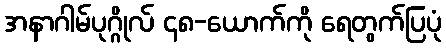
အနာဂါမ်ပုဂ္ဂိုလ် ၄၈-ယောက်ကို ရေတွက်ပြပုံ